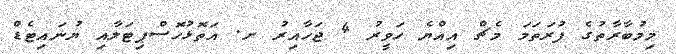
މިމުބާރާތުގެ ފުރަތަމަ މެޗް އިއްޔެ ހަވީރު 4 ޖަހާއިރު ށ. އަތޮޅުހޮސްޕިޓަލާއި ޔުނައިޓެޑް